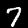
Digit: 7